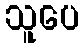
သူပေ